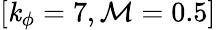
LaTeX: [\mathit{k}_{\phi}=7,\mathcal{{M}}=0.5]